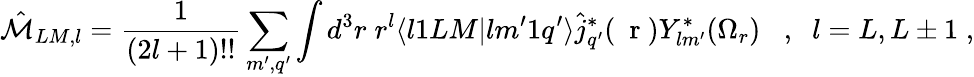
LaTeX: \hat{\mathcal{M}}_{LM,l}=\frac{1}{(2l+1)!!}\sum_{m^{\prime},q^{\prime}}\int d^{3}r\; r^{l}\langle l1LM|lm^{\prime}1q^{\prime}\rangle\hat{j}_{q^{\prime}}^{*}(\mathrm{~\mathbf~r~})Y_{lm^{\prime}}^{*}(\Omega_{r})\; \; \; ,\; \; l=L,L\pm 1\; ,